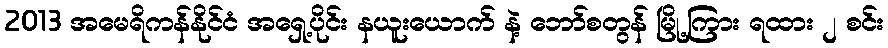
2013 အမေရိကန်နိုင်ငံ အရှေ့ပိုင်း နယူးယောက် နဲ့ ဘော်စတွန် မြို့ကြား ရထား ၂ စင်း